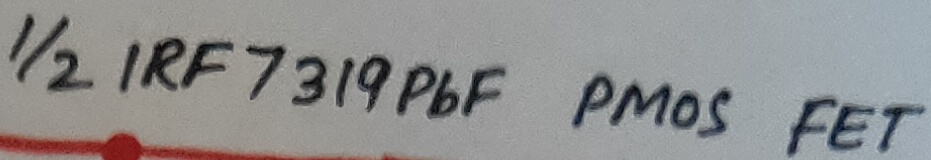
Text: 1/2 IRF 7319PbF PMOS FET